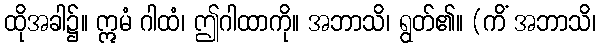
ထိုအခါ၌။ ဣမံ ဂါထံ၊ ဤဂါထာကို။ အဘာသိ၊ ရွတ်၏။ (ကိံ အဘာသိ၊